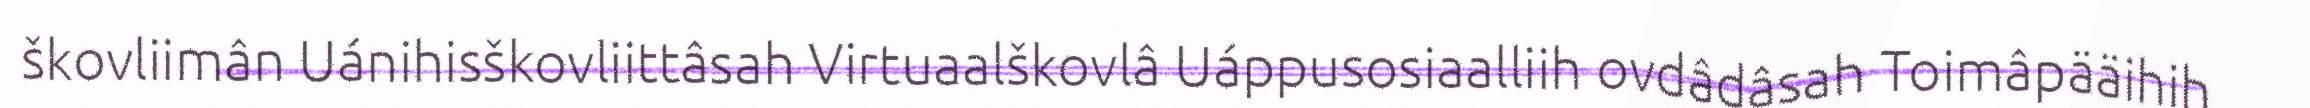
škovliimân Uánihisškovliittâsah Virtuaalškovlâ Uáppusosiaalliih ovdâdâsah Toimâpääihih